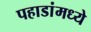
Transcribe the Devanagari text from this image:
पहाडांमध्ये